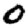
Digit: 0